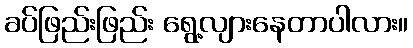
ခပ်ဖြည်းဖြည်း ရွေ့လျားနေတာပါလား။